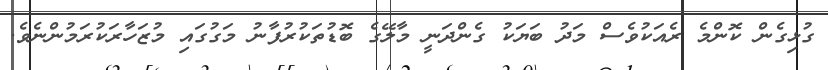
ގުޅިގެން ކޮންމެ ރެއަކުވެސް މަދު ބަޔަކު ގެންދަނީ މާލޭގެ ބޮޑުތަކުރުފާނު މަގުގައި މުޒަހާރަކުރަމުންނެވެ.